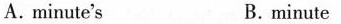
A.minute's B.minute